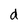
Character: d